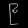
Digit: ၉